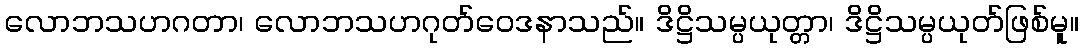
လောဘသဟဂတာ၊ လောဘသဟဂုတ်ဝေဒနာသည်။ ဒိဋ္ဌိသမ္ပယုတ္တာ၊ ဒိဋ္ဌိသမ္ပယုတ်ဖြစ်မူ။